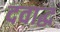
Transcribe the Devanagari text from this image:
दवाद्ध